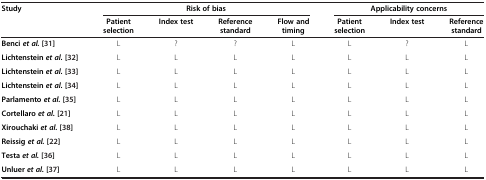
<table><thead><tr><td><b>Study</b></td><td colspan="4"><b>Risk of bias</b></td><td colspan="3"><b>Applicability concerns</b></td></tr><tr><td><b> </b></td><td><b>Patient selection</b></td><td><b>Index test</b></td><td><b>Reference standard</b></td><td><b>Flow and timing</b></td><td><b>Patient selection</b></td><td><b>Index test</b></td><td><b>Reference standard</b></td></tr></thead><tbody><tr><td><b>Benci </b><b><i>et al. </i></b>[31]</td><td>L</td><td>?</td><td>?</td><td>L</td><td>L</td><td>?</td><td>L</td></tr><tr><td><b>Lichtenstein </b><b><i>et al. </i></b>[32]</td><td>L</td><td>L</td><td>L</td><td>L</td><td>L</td><td>L</td><td>L</td></tr><tr><td><b>Lichtenstein </b><b><i>et al. </i></b>[33]</td><td>L</td><td>L</td><td>L</td><td>L</td><td>L</td><td>L</td><td>L</td></tr><tr><td><b>Lichtenstein </b><b><i>et al. </i></b>[34]</td><td>L</td><td>L</td><td>L</td><td>L</td><td>L</td><td>L</td><td>L</td></tr><tr><td><b>Parlamento </b><b><i>et al. </i></b>[35]</td><td>L</td><td>L</td><td>L</td><td>L</td><td>L</td><td>L</td><td>L</td></tr><tr><td><b>Cortellaro </b><b><i>et al. </i></b>[21]</td><td>L</td><td>L</td><td>L</td><td>L</td><td>L</td><td>L</td><td>L</td></tr><tr><td><b>Xirouchaki </b><b><i>et al. </i></b>[38]</td><td>L</td><td>L</td><td>L</td><td>L</td><td>L</td><td>L</td><td>L</td></tr><tr><td><b>Reissig </b><b><i>et al. </i></b>[22]</td><td>L</td><td>L</td><td>L</td><td>L</td><td>L</td><td>L</td><td>L</td></tr><tr><td><b>Testa </b><b><i>et al. </i></b>[36]</td><td>L</td><td>L</td><td>L</td><td>L</td><td>L</td><td>L</td><td>L</td></tr><tr><td><b>Unluer </b><b><i>et al. </i></b>[37]</td><td>L</td><td>L</td><td>L</td><td>L</td><td>L</td><td>L</td><td>L</td></tr></tbody></table>